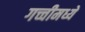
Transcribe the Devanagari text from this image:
गच्चीमध्ये